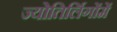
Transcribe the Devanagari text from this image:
ज्योतिर्लिगोंमें